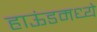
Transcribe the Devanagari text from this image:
हाऊंडमध्ये